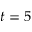
t = 5